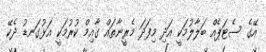
އޭގެ ސެޓަޕެއް ބަލާލުމަކީ އަދި މިފަދަ މެރީނާތައް ގާއިމް ކުރުމަކީ އަޅުގަނޑު ދެކޭ